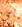
بي